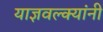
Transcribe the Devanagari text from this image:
याज्ञवल्क्यांनी